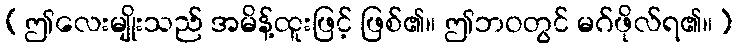
(ဤလေးမျိုးသည် အမိန့်ထူးဖြင့် ဖြစ်၏။ ဤဘဝတွင် မဂ်ဖိုလ်ရ၏။)